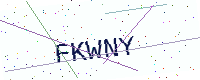
Text: FKWNY